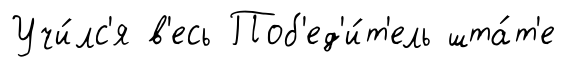
Учи́лс'я в'есь Поб'ед'и́т'ель шта́т'е